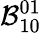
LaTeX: {\cal B}_{10}^{01}